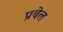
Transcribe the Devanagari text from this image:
प्रबेल